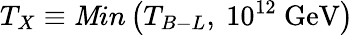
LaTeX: T_{X}\equiv\mathit{M}in\left(T_{B-L}\mathrm{{,~}}10^{12}\mathrm{{~GeV}}\right)